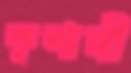
কৃশাঙ্গী